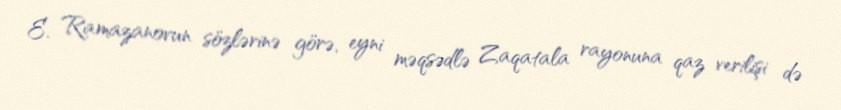
E. Ramazanovun sözlərinə görə, eyni məqsədlə Zaqatala rayonuna qaz verilişi də